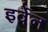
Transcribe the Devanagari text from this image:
इर्वेन